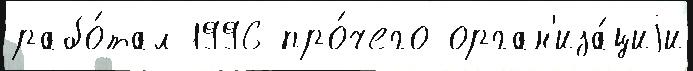
рабо́тал 1996 про́чего орган'иза́циjи